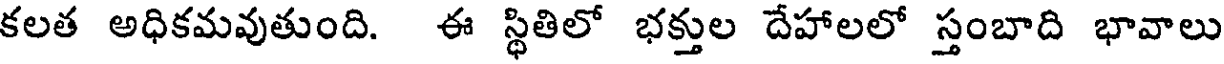
కలత అధికమవుతుంది. ఈ స్థితిలో భక్తుల దేహాలలో స్తంబాది భావాలు